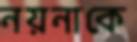
নয়নাকে